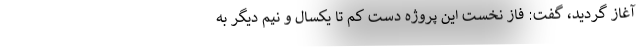
آغاز گردید، گفت: فاز نخست این پروژه دست کم تا یکسال و نیم دیگر به